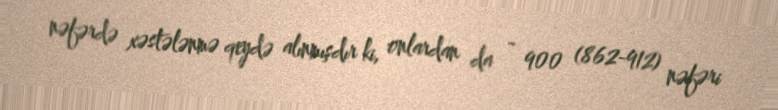
nəfərdə xəstələnmə qeydə alınmışdır ki, onlardan da ~ 900 (862-912) nəfəri